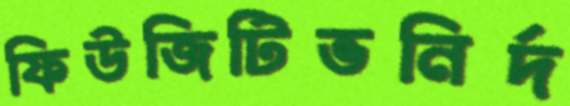
ফিউজিটিভনির্দ